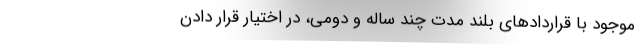
موجود با قراردادهای بلند مدت چند ساله و دومی، در اختیار قرار دادن